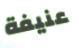
عنيفة